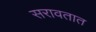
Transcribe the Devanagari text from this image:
सरावतात